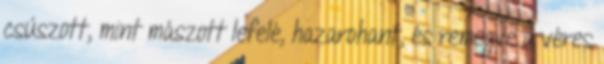
csúszott, mint mászott lefelé, hazarohant, és remegve a véres